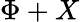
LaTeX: \Phi+X